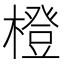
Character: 橙